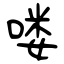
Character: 喽